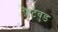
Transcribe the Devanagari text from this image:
फ्लैटवुड